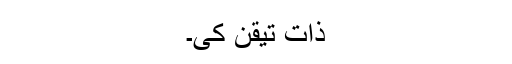
ذات تیقن کی۔